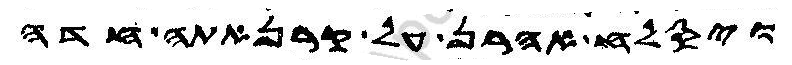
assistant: ויסלח אהרן על קרנאתה חדה